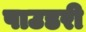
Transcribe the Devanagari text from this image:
पाउडरी